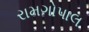
રામગોપાલ